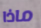
ماذا